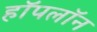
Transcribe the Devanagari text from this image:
हॉपलॉन